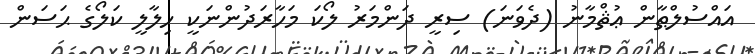
އައްސުލްޠާން ޢުޘްމާނު (ދެވަނަ) ސިރީ ދަންމަރު ލޯކަ މަހާރަދުންނަކީ ހިލާލީ ކަލޯގެ ޙަސަން